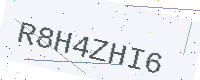
Text: R8H4ZHI6